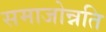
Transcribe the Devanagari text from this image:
समाजोन्नति